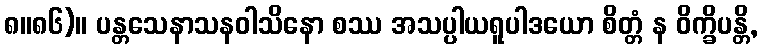
၈။၈၆)။ ပန္တသေနာသနဝါသိနော စဿ အသပ္ပါယရူပါဒယော စိတ္တံ န ဝိက္ခိပန္တိ,